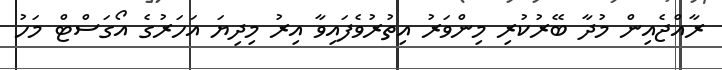
ރާއްޖެއިން މުދާ ބޭރުކުރި މިންވަރު އިތުރުވެފައިވާ އިރު މިދިޔަ އަހަރުގެ އޯގަސްޓް މަހު